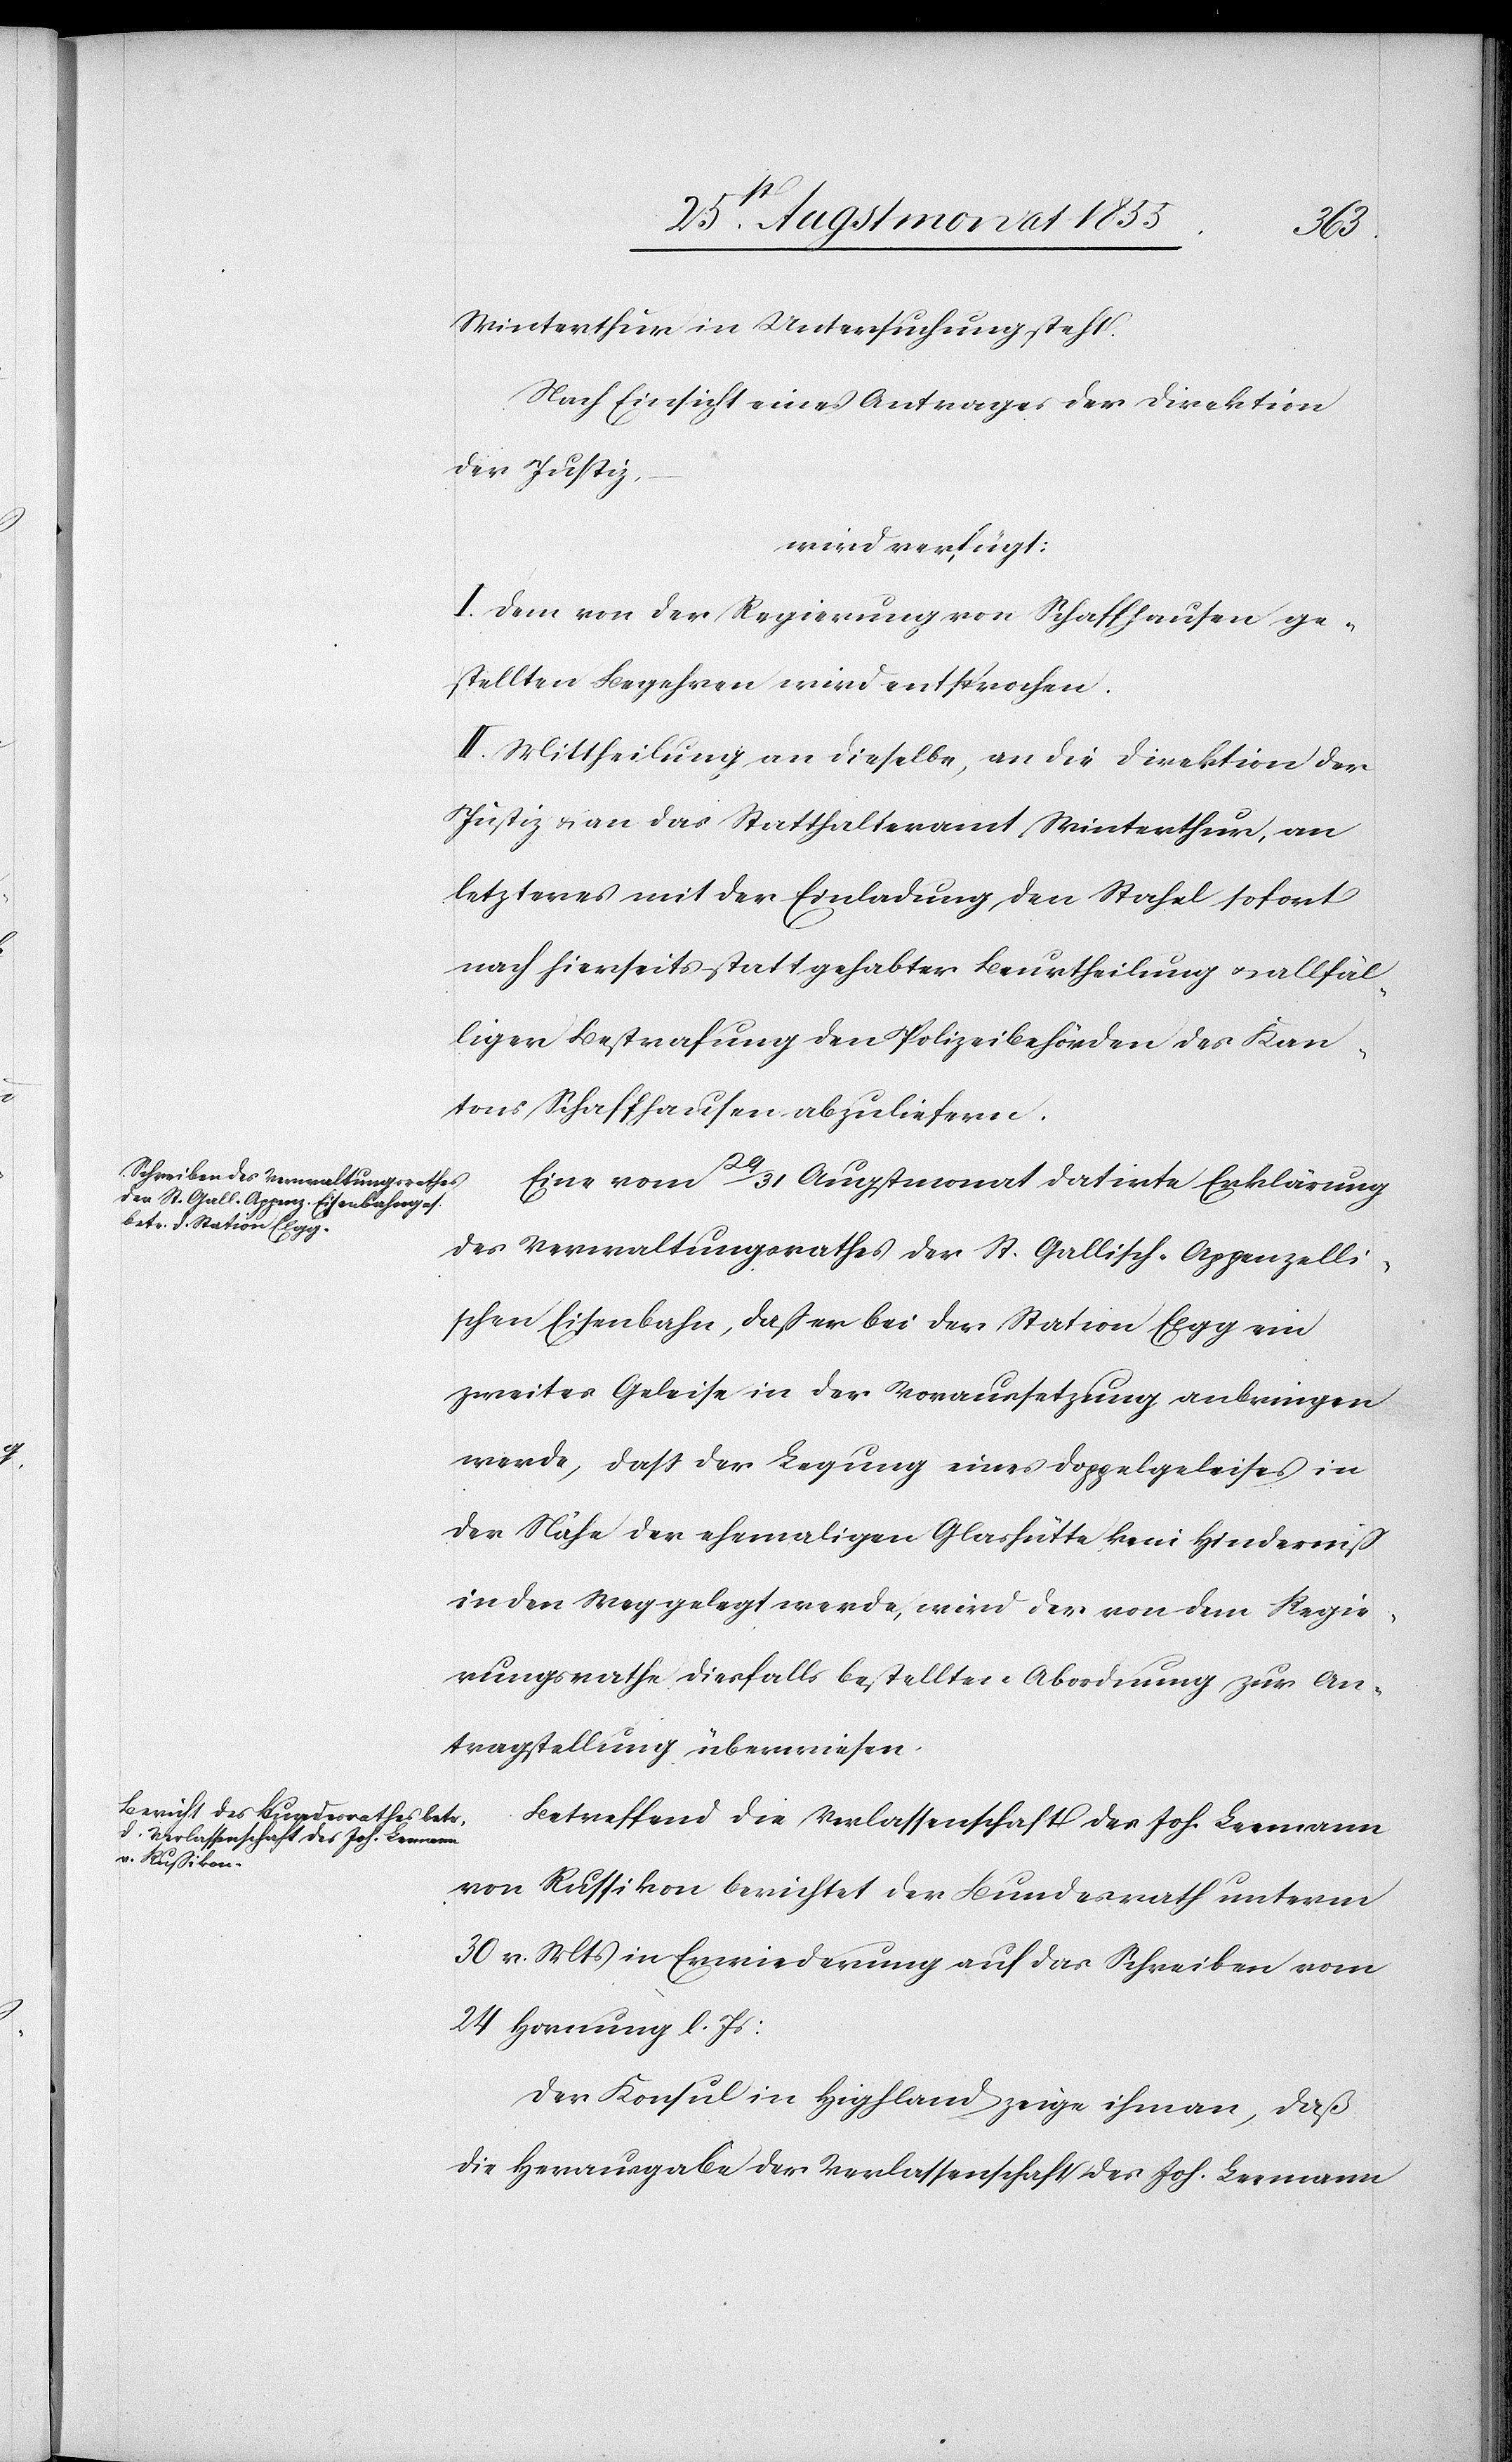
1t. Herbstmonat 1855.]
Winterthur in Untersuchung steht.
Nach Einsicht eines Antrages der Direktion
der Justiz,
wird verfügt:
I. Dem von der Regierung von Schaffhausen ge¬
stellten Begehren wird entsprochen.
II. Mittheilung an dieselbe, an die Direktion der
Justiz & an das Statthalteramt Winterthur, an
letzteres mit der Einladung, den Stahel sofort
nach hierseits stattgehabter Beurtheilung & allfäl¬
liger Bestrafung den Polizeibehörden des Kan¬
tons Schaffhausen abzuliefern.
Eine vom 29 / 31 Augstmonat datirte Erklärung
des Verwaltungsrathes der St. Gallisch-Appenzelli¬
schen Eisenbahn, daß er bei der Station Elgg ein
zweites Geleise in der Voraussetzung anbringen
werde, daß der Legung eines Doppelgeleises in
der Nähe der ehemaligen Glashütte kein Hinderniß
in den Weg gelegt werde, wird der von dem Regie¬
rungsrathe diesfalls bestellten Abordnung zur An¬
tragstellung überwiesen.
Betreffend die Verlassenschaft des Joh. Leemann
von Russikon berichtet der Bundesrath unterm
30 v. Mts in Erwiederung auf das Schreiben vom
24 Hornung l. Js:
Der Konsul in Highland zeige ihm an, daß
die Herausgabe der Verlassenschaft des Joh. Leemann